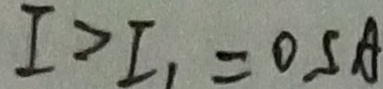
I > I _ { 1 } = 0 S A